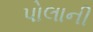
પોલાની